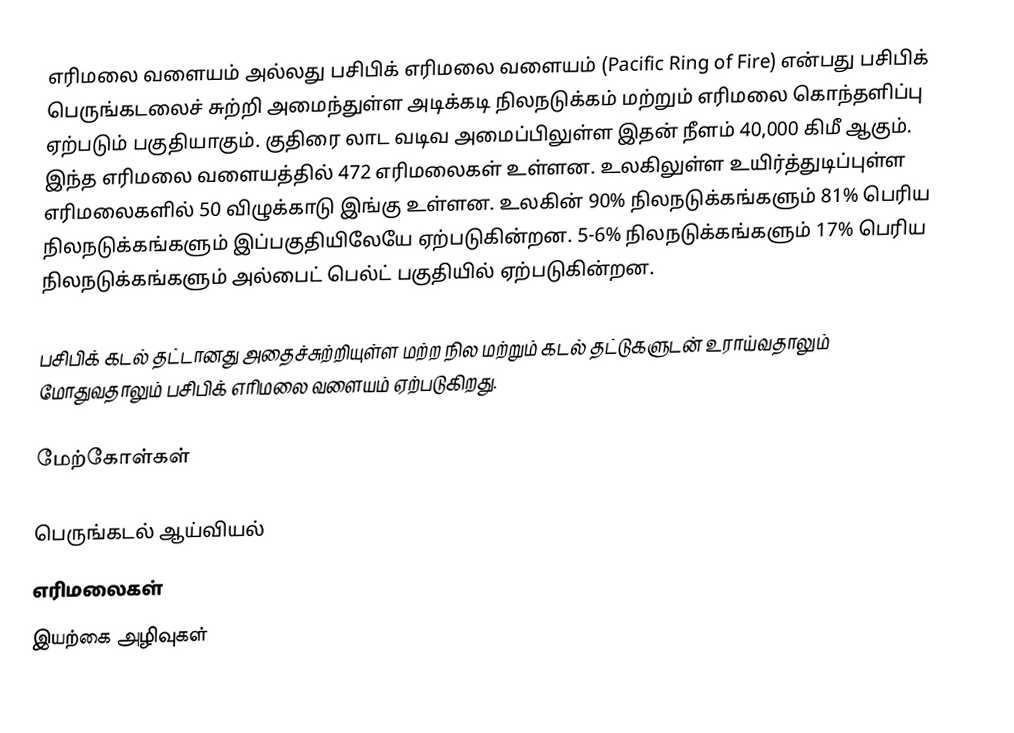
எரிமலை வளையம் அல்லது பசிபிக் எரிமலை வளையம் (Pacific Ring of Fire) என்பது பசிபிக் பெருங்கடலைச் சுற்றி அமைந்துள்ள அடிக்கடி நிலநடுக்கம் மற்றும் எரிமலை கொந்தளிப்பு ஏற்படும் பகுதியாகும்.  குதிரை லாட வடிவ அமைப்பிலுள்ள இதன் நீளம் 40,000 கிமீ ஆகும்.  இந்த எரிமலை வளையத்தில் 472 எரிமலைகள் உள்ளன.  உலகிலுள்ள உயிர்த்துடிப்புள்ள எரிமலைகளில் 50 விழுக்காடு இங்கு உள்ளன. உலகின் 90% நிலநடுக்கங்களும் 81% பெரிய நிலநடுக்கங்களும் இப்பகுதியிலேயே ஏற்படுகின்றன. 5-6% நிலநடுக்கங்களும் 17% பெரிய நிலநடுக்கங்களும் அல்பைட் பெல்ட் பகுதியில் ஏற்படுகின்றன.

பசிபிக் கடல் தட்டானது அதைச்சுற்றியுள்ள மற்ற நில மற்றும் கடல் தட்டுகளுடன் உராய்வதாலும் மோதுவதாலும் பசிபிக் எரிமலை வளையம் ஏற்படுகிறது.

மேற்கோள்கள்

பெருங்கடல் ஆய்வியல்
எரிமலைகள்
இயற்கை அழிவுகள்